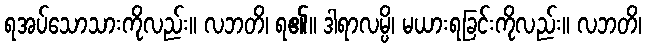
ရအပ်သောသားကိုလည်း။ လဘတိ၊ ရ၏။ ဒါရာလမ္ပိ၊ မယားရခြင်းကိုလည်း။ လဘတိ၊